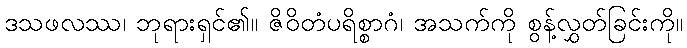
ဒသဖလဿ၊ ဘုရားရှင်၏။ ဇိဝိတံပရိစ္စာဂံ၊ အသက်ကို စွန့်လွှတ်ခြင်းကို။